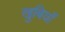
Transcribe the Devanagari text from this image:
खुबियाँ